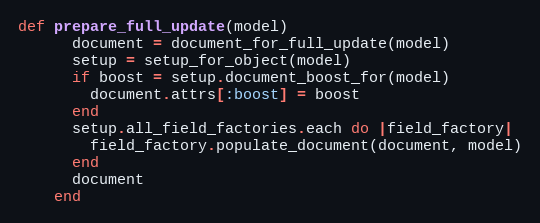
Language: Ruby
def prepare_full_update(model)
      document = document_for_full_update(model)
      setup = setup_for_object(model)
      if boost = setup.document_boost_for(model)
        document.attrs[:boost] = boost
      end
      setup.all_field_factories.each do |field_factory|
        field_factory.populate_document(document, model)
      end
      document
    end